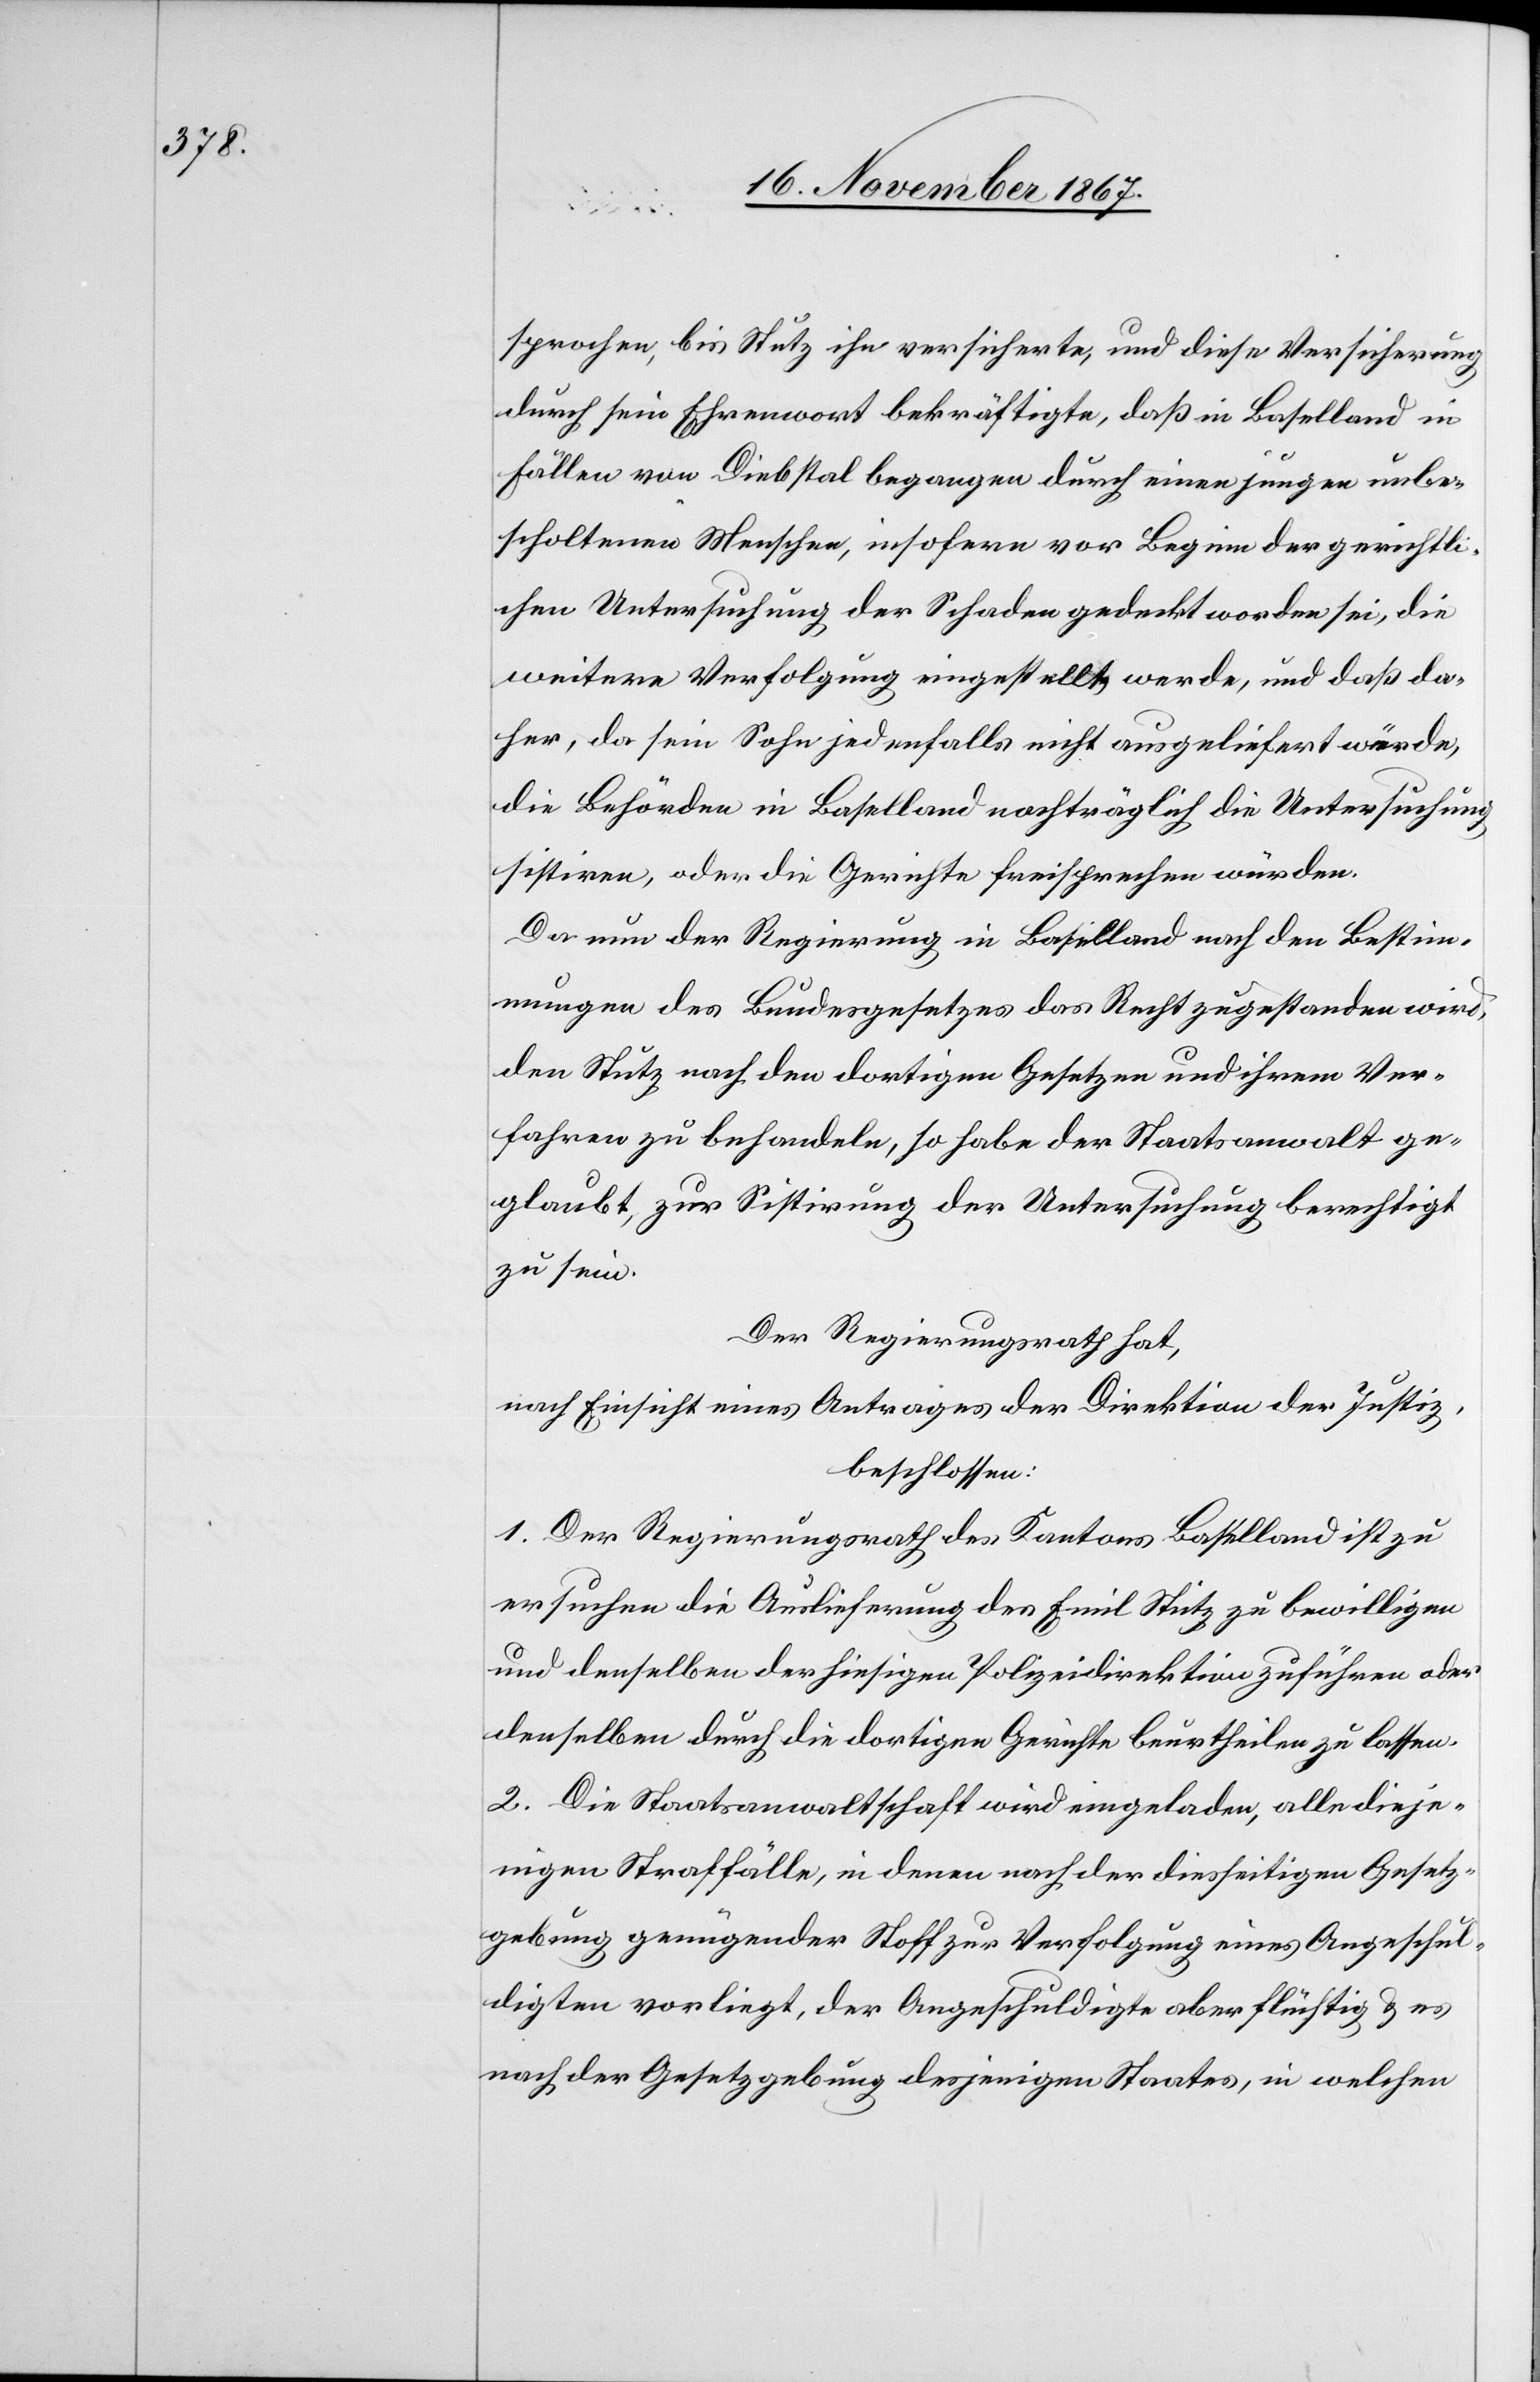
sprochen, bis Stutz ihn versicherte, und die Versicherung
durch sein Ehrenwort bekräftigte, daß in Baselland in
Fällen von Diebstal begangen durch einen jungen unbe¬
scholtenen Menschen, insofern vor Beginn der gerichtli¬
chen Untersuchung der Schaden gedeckt worden sei, die
weitere Verfolgung eingestellt werde, und daß da¬
her, da sein Sohn jedenfalls nicht ausgeliefert würde,
die Behörde in Baselland nachträglich die Untersuchung
sistiren, oder die Gerichte freisprechen würden.
Da nun der Regierung in Baselland nach den Bestim¬
mungen des Bundesgesetzes das Recht zugestanden wird,
den Stutz nach den dortigen Gesetzen und ihrem Ver¬
fahren zu behandeln, so habe der Staatsanwalt ge¬
glaubt, zur Sistirung der Untersuchung berechtigt
zu sein.
Der Regierungsrath hat,
nach Einsicht eines Antrages der Direktion der Justiz,
beschlossen:
1. Der Regierungsrath des Kantons Baselland ist zu
ersuchen die Auslieferung des Emil Stutz zu bewilligen
und denselben der hiesigen Polizeidirektion zuführen oder
denselben durch die dortigen Gerichte beurtheilen zu lassen.
2. Die Staatsanwaltschaft wird eingeladen, alle dieje¬
nigen Straffälle, in denen nach der diesseitigen Gesetz¬
gebung genügender Stoff zur Verfolgung eines Angeschul¬
digten vorliegt, der Angeschuldigte aber flüchtig u. es
nach der Gesetzgebung desjenigen Staates, in welchen